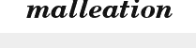
malleation